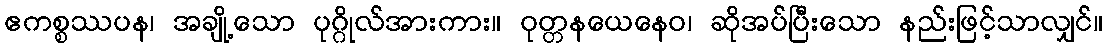
ဧကစ္စဿပန၊ အချို့သော ပုဂ္ဂိုလ်အားကား။ ဝုတ္တနယေနေဝ၊ ဆိုအပ်ပြီးသော နည်းဖြင့်သာလျှင်။